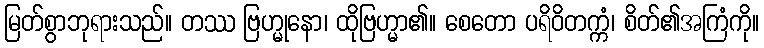
မြတ်စွာဘုရားသည်။ တဿ ဗြဟ္မုနော၊ ထိုဗြဟ္မာ၏။ စေတော ပရိဝိတက္ကံ၊ စိတ်၏အကြံကို။